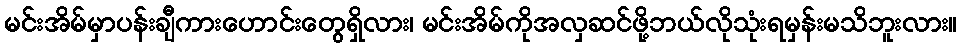
မင်းအိမ်မှာပန်းချီကားဟောင်းတွေရှိလား၊ မင်းအိမ်ကိုအလှဆင်ဖို့ဘယ်လိုသုံးရမှန်းမသိဘူးလား။